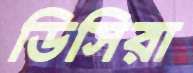
ডিসিরা